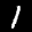
Label: 1